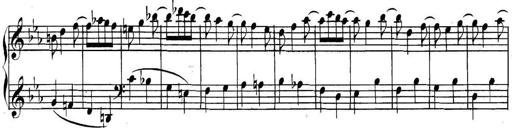
Title: Collected Piano Sonatas
Composer: Muzio Clementi